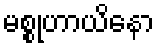
မစ္စုဟာယိနော